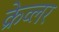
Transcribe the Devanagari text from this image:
क्रेव्लर